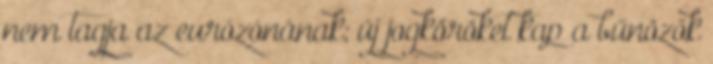
nem tagja az eurózónának; új jogköröket kap a bűnözők